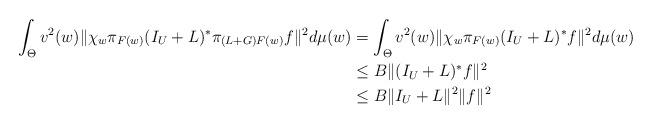
LaTeX: \begin{align*}\int_{\Theta}v^{2}(w)\|\chi_{w}\pi_{F(w)}(I_{U}+L)^{\ast}\pi_{(L+G)F(w)}f\|^{2}d\mu(w)&=\int_{\Theta}v^{2}(w)\|\chi_{w}\pi_{F(w)}(I_{U}+L)^{\ast}f\|^{2}d\mu(w)\\&\leq B\|(I_{U}+L)^{\ast}f\|^{2}\\&\leq B\|I_{U}+L\|^{2}\|f\|^{2}\end{align*}